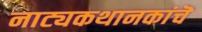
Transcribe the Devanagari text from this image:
नाट्यकथानकांचॆ